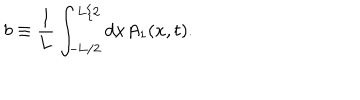
b \equiv \frac { 1 } { 1 } { L } \int _ { - \mathrm { L } / 2 } ^ { \mathrm { L } / 2 } d x A _ { 1 } ( x , t ) .